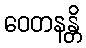
ဝေတနန္တိ